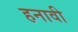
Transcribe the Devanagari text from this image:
हनावी